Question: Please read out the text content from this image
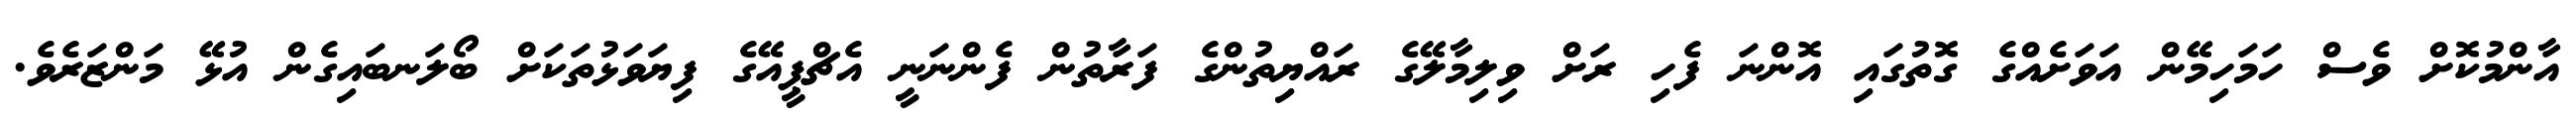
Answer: އާންމުކޮށް ވެސް ހަމަހިމޭން އަވަށެއްގެ ގޮތުގައި އޮންނަ ފެހި ރަށް ވިލިމާލޭގެ ރައްޔިތުންގެ ފަރާތުން ފެންނަނީ އެޗްޕީއޭގެ ފިޔަވަޅުތަކަށް ބޯލަނބައިގެން އުޅޭ މަންޒަރެވެ.